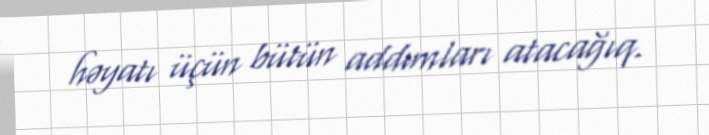
həyatı üçün bütün addımları atacağıq.